Document type: Sale
Year: 1274
Scribe: [Unknown]
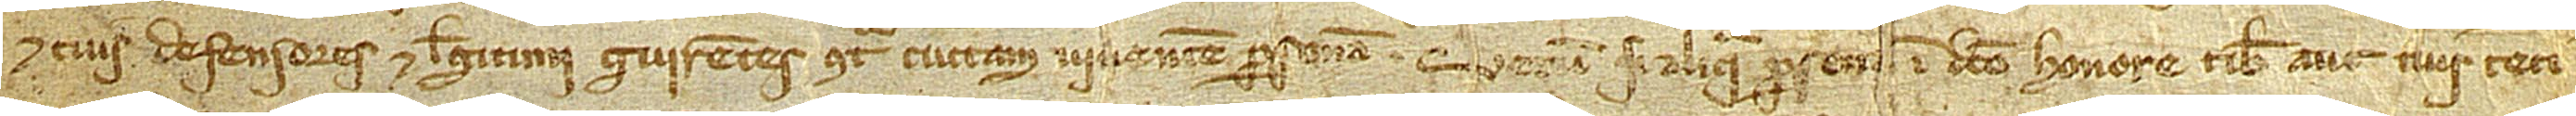
et tuis defensores et legitimi guirentes contra cunctam viventem personam. Verum si aliqua person[a] in dicto honore tibi aut tuis reti-